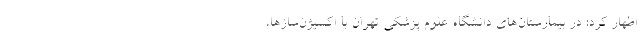
اظهار کرد: در بیمارستان‌های دانشگاه علوم پزشکی تهران با اکسیژن‌سازها،